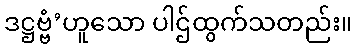
ဒဋ္ဌဗ္ဗံ’ဟူသော ပါဌ်ထွက်သတည်း။